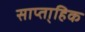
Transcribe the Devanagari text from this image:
साप्ता्हिक